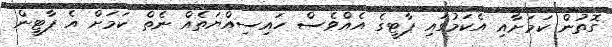
ގޮތުން ކަމަށާއި އެކަމުގައި ޕާޓީގެ އެއްވެސް ހައިސިއްޔަތެއް ނެތް ކަމަށް އެ ޕާޓީން